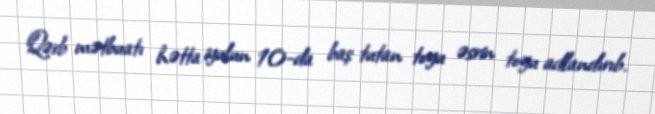
Qərb mətbuatı hətta iyulun 10-da baş tutan toyu əsrin toyu adlandırıb.